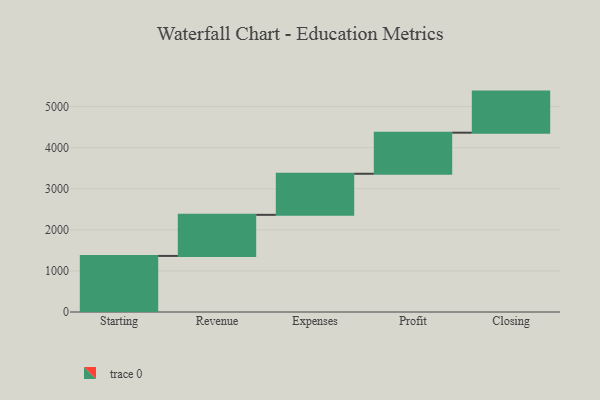
{"axis": {"x": "Step", "y": "Value"}, "legend": [""], "data": [{"x": "Starting", "y": 1365.0, "type": ""}, {"x": "Revenue", "y": 1000, "type": ""}, {"x": "Expenses", "y": 1000, "type": ""}, {"x": "Profit", "y": 1000, "type": ""}, {"x": "Closing", "y": 1000, "type": ""}]}